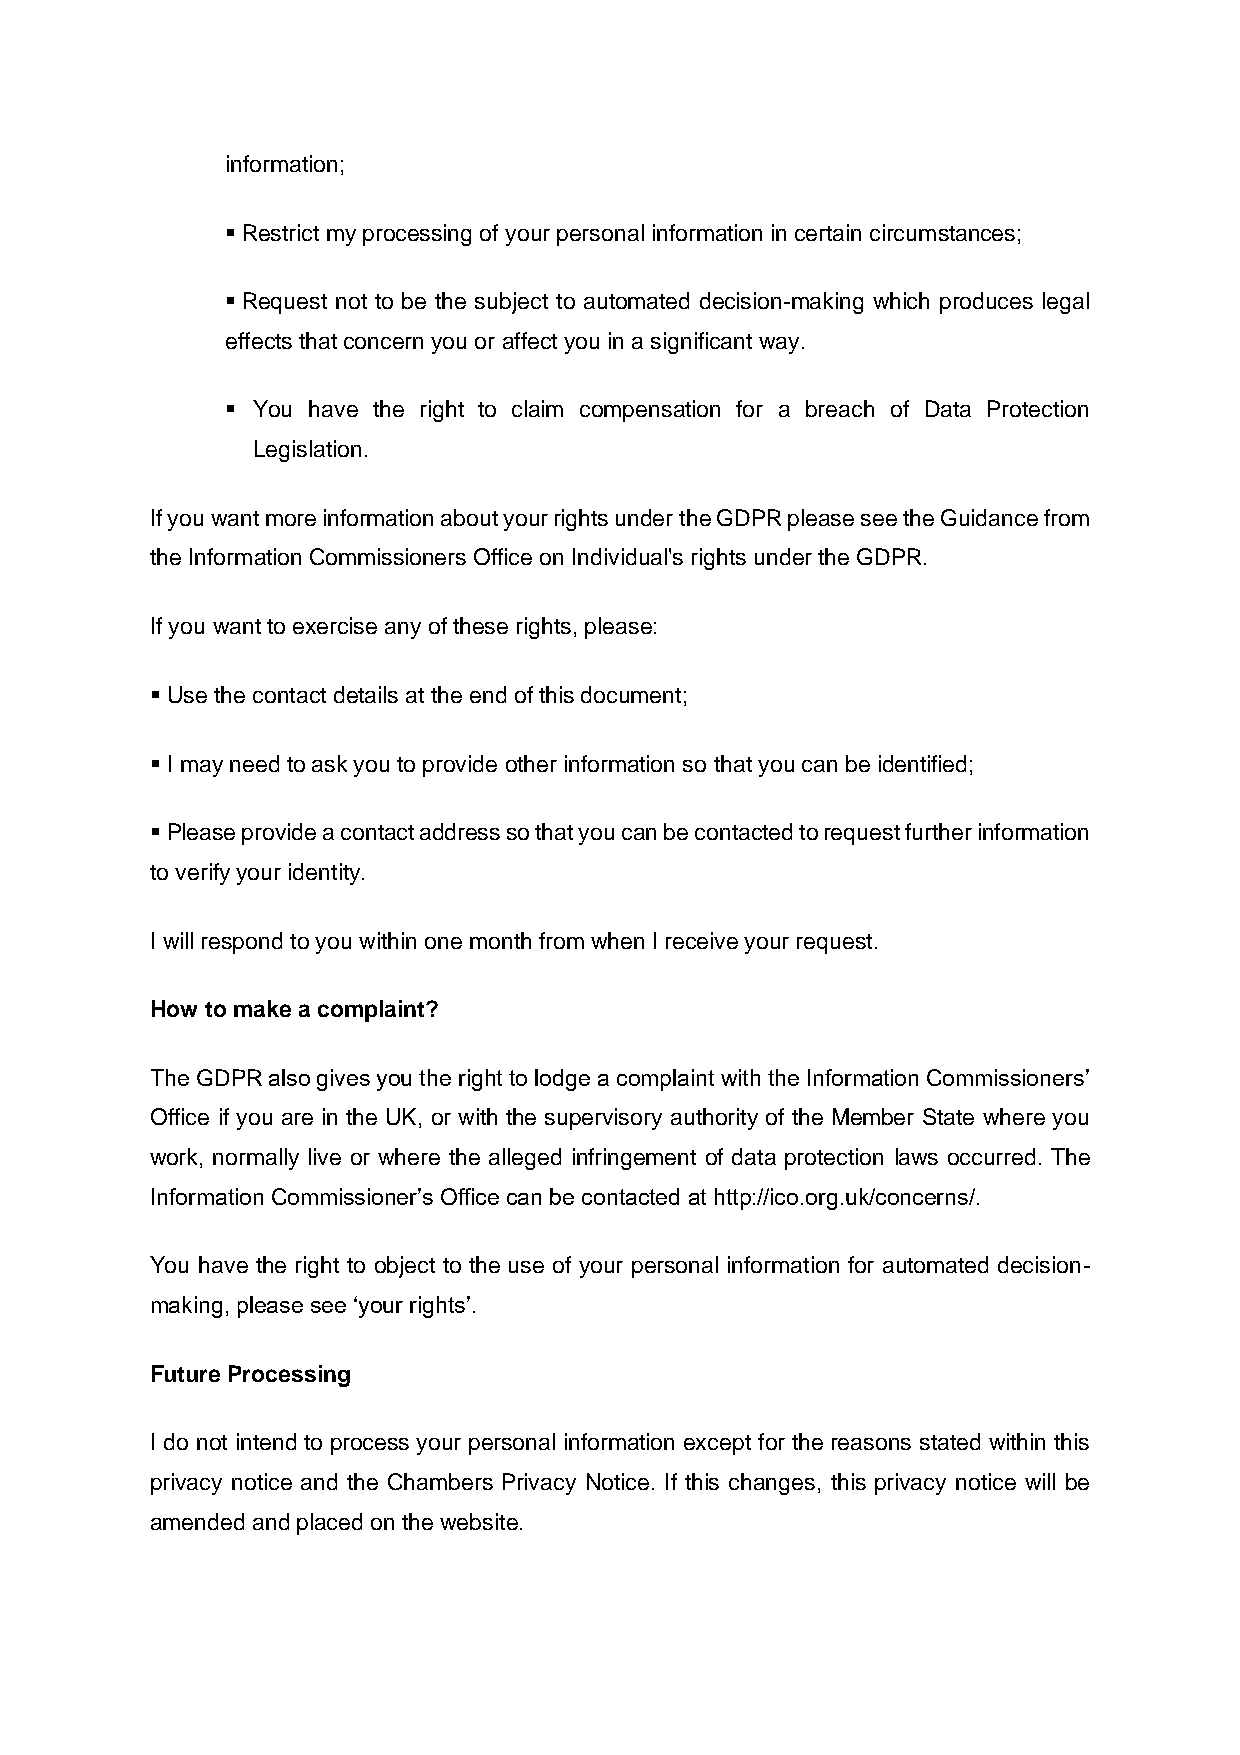
information;
 ▪ Restrict my processing of your personal information in certain circumstances;
 ▪ Request not to be the subject to automated decision-making which produces legal
 effects that concern you or affect you in a significant way.
 ▪ You have the right to claim compensation for a breach of Data Protection
 Legislation.
 If you want more information about your rights under the GDPR please see the Guidance from
 the Information Commissioners Office on Individual's rights under the GDPR.
 If you want to exercise any of these rights, please:
 ▪ Use the contact details at the end of this document;
 ▪ I may need to ask you to provide other information so that you can be identified;
 ▪ Please provide a contact address so that you can be contacted to request further information
 to verify your identity.
 I will respond to you within one month from when I receive your request.
 How to make a complaint?
 The GDPR also gives you the right to lodge a complaint with the Information Commissioners’
 Office if you are in the UK, or with the supervisory authority of the Member State where you
 work, normally live or where the alleged infringement of data protection laws occurred. The
 Information Commissioner’s Office can be contacted at http://ico.org.uk/concerns/.
 You have the right to object to the use of your personal information for automated decision-
 making, please see ‘your rights’.
 Future Processing
 I do not intend to process your personal information except for the reasons stated within this
 privacy notice and the Chambers Privacy Notice. If this changes, this privacy notice will be
 amended and placed on the website.